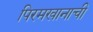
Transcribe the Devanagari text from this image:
पिरमखानाची